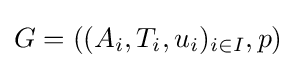
G=((A_{i},T_{i},u_{i})_{i\in I},p)